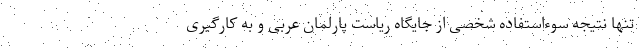
تنها نتیجه سوءاستفاده شخصی از جایگاه ریاست پارلمان عربی و به کارگیری